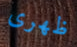
ظهرى